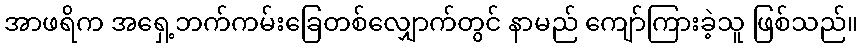
အာဖရိက အရှေ့ဘက်ကမ်းခြေတစ်လျှောက်တွင် နာမည် ကျော်ကြားခဲ့သူ ဖြစ်သည်။